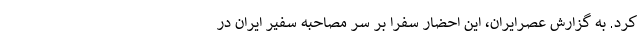
کرد. به گزارش عصرایران، این احضار سفرا بر سر مصاحبه سفیر ایران در